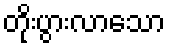
တိုးပွားလာသော